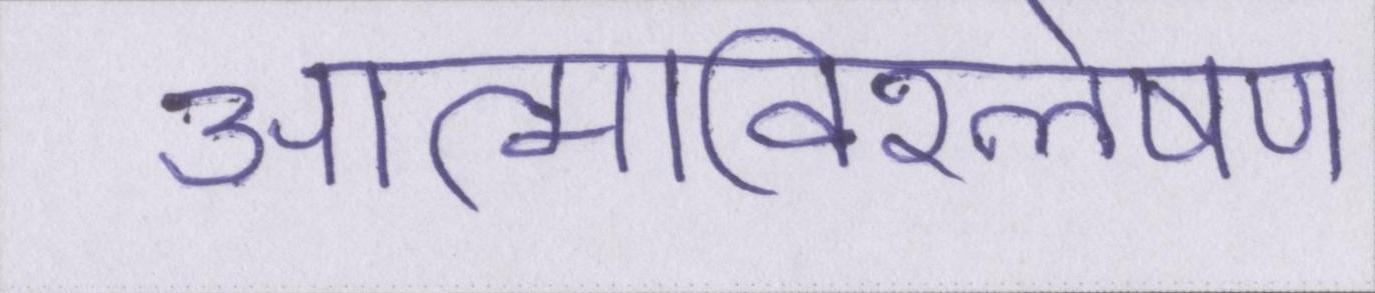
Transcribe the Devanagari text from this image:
आत्मविश्लेषण